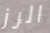
الرز